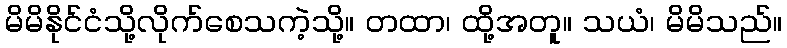
မိမိနိုင်ငံသို့လိုက်စေသကဲ့သို့။ တထာ၊ ထို့အတူ။ သယံ၊ မိမိသည်။